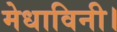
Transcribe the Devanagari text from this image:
मेधाविनी।